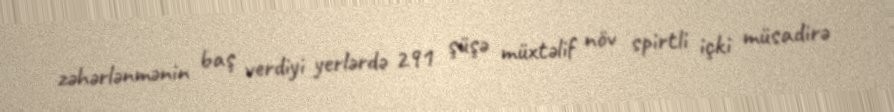
zəhərlənmənin baş verdiyi yerlərdə 291 şüşə müxtəlif növ spirtli içki müsadirə